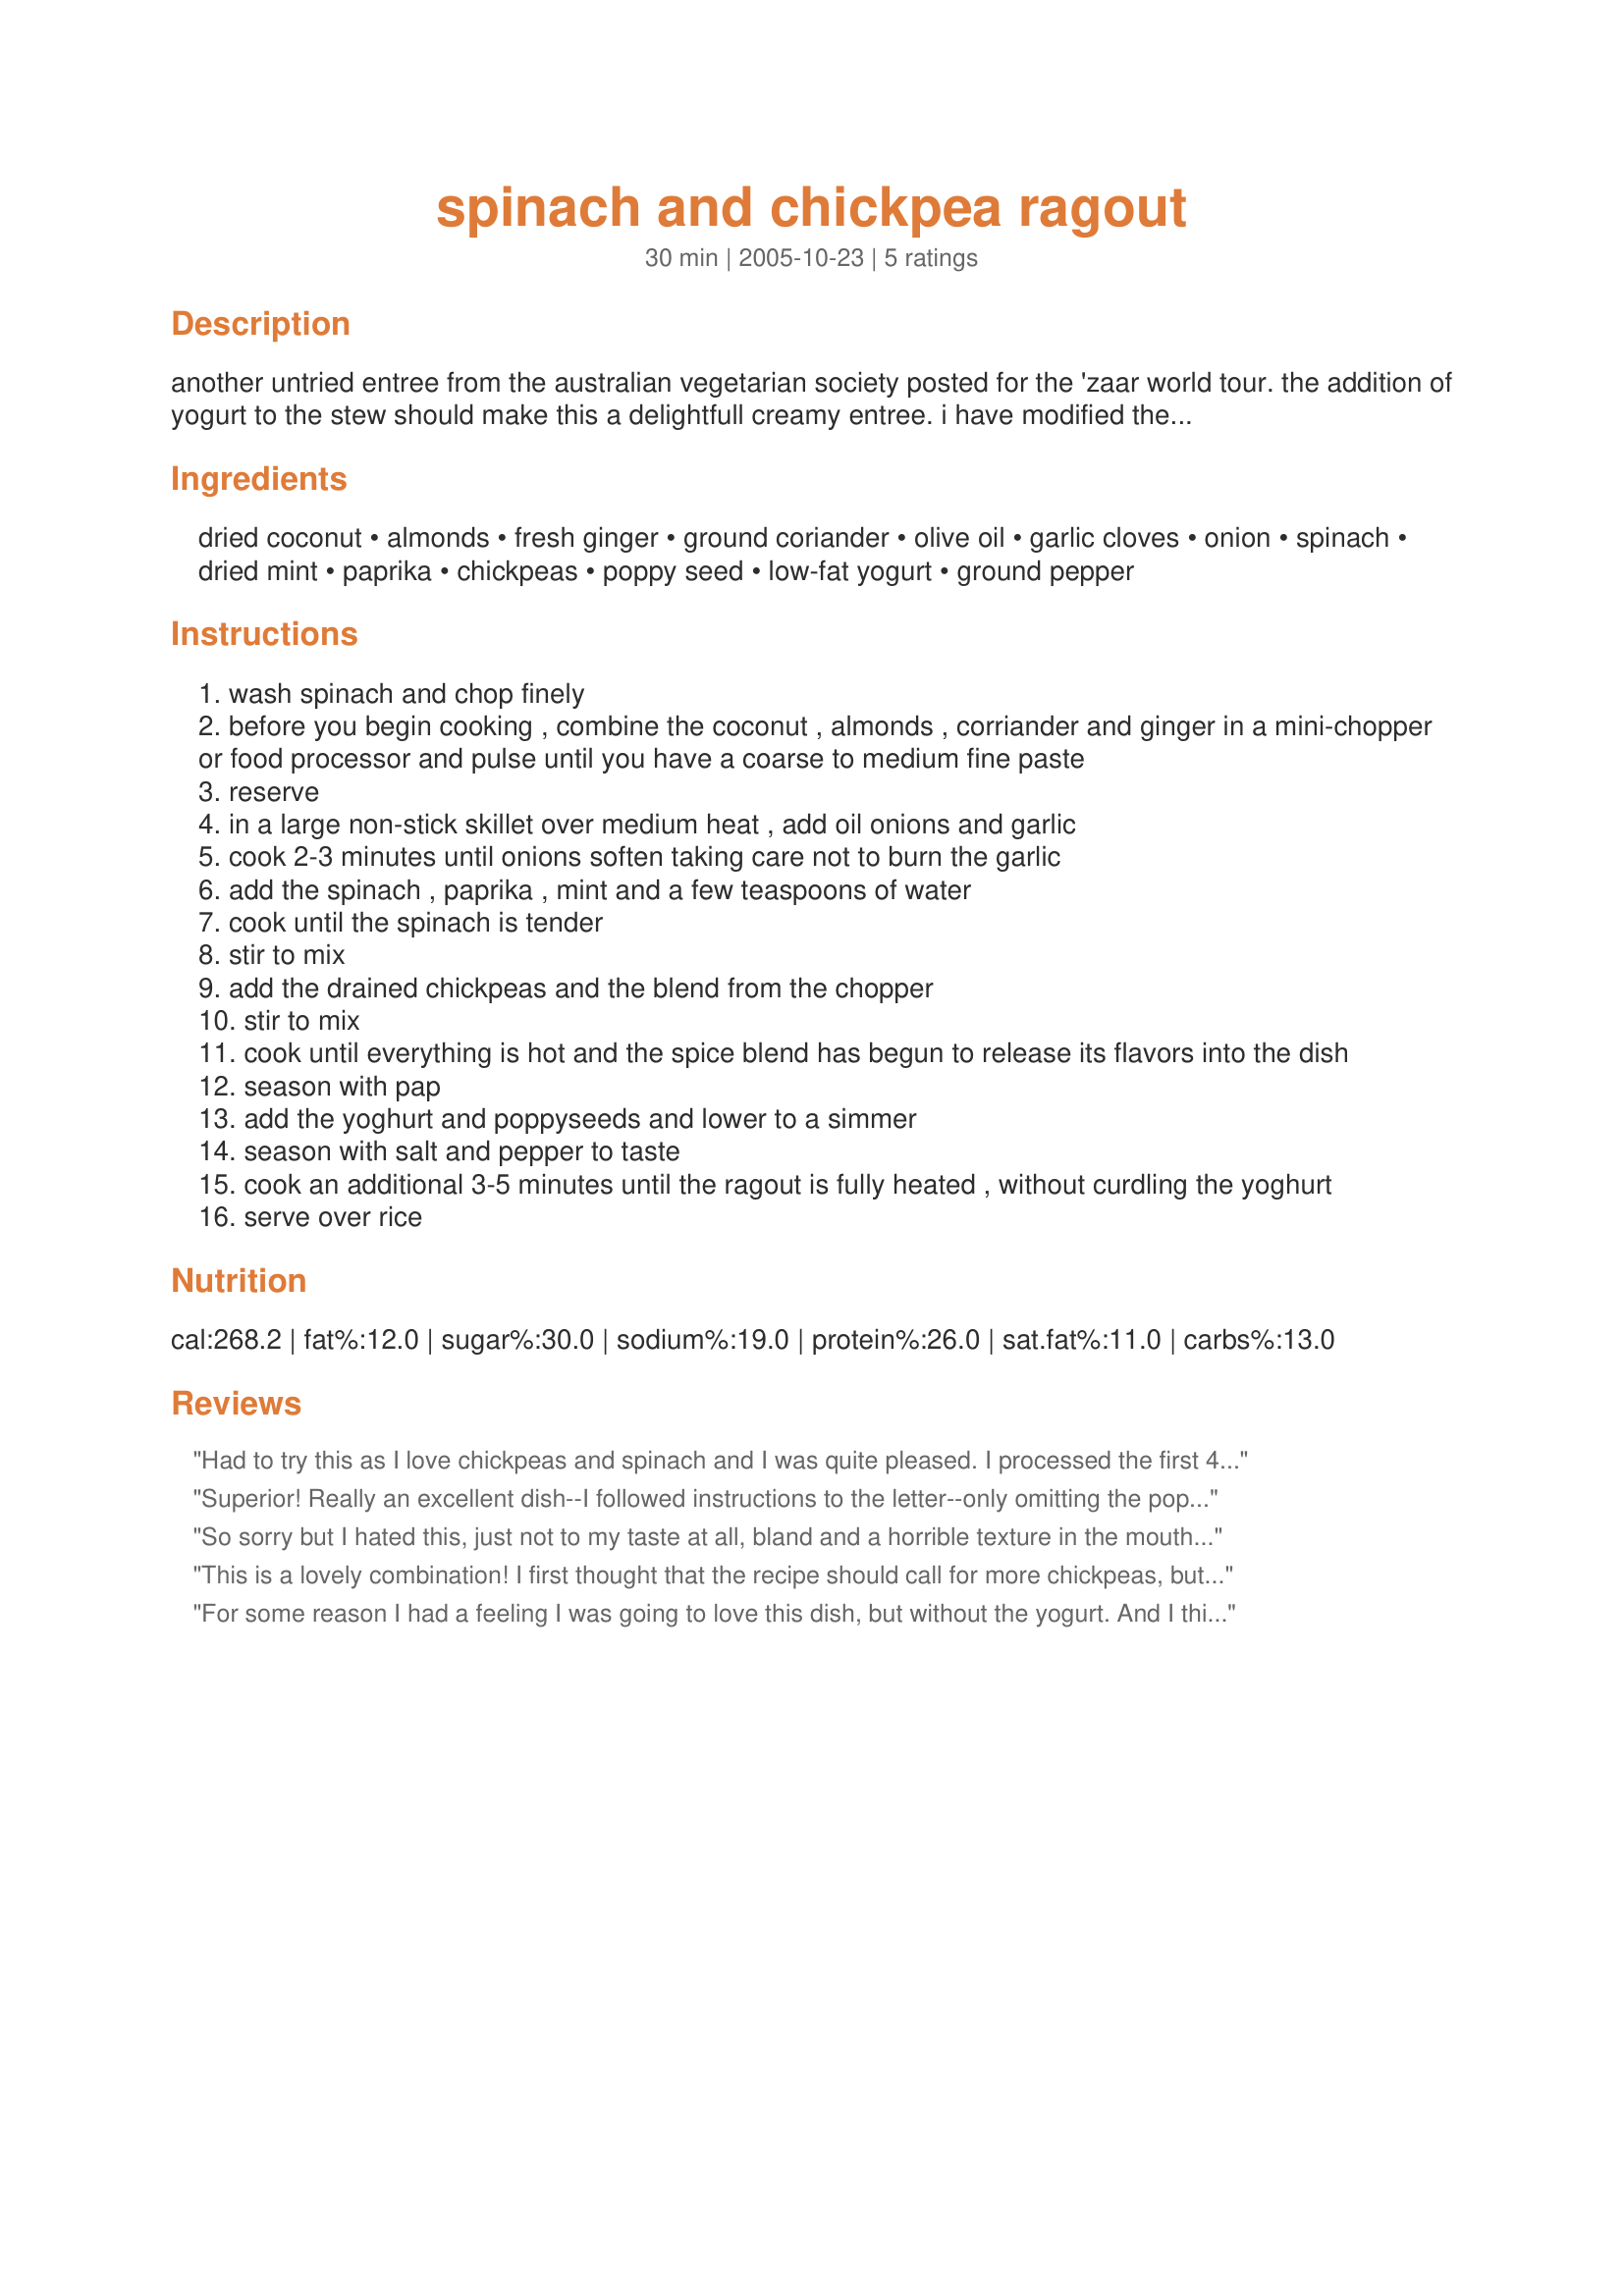
spinach and chickpea ragout
Preparation time: 30 minutes

another untried entree from the australian vegetarian society posted for the 'zaar world tour. the addition of yogurt to the stew should make this a delightfull creamy entree. i have modified the recipe a bit to match how i'm more likely to prepare it. cooking time is estimated.

Ingredients:
dried coconut, almonds, fresh ginger, ground coriander, olive oil, garlic cloves, onion, spinach, dried mint, paprika, chickpeas, poppy seed, low-fat yogurt, ground pepper

Steps:
wash spinach and chop finely
before you begin cooking , combine the coconut , almonds , corriander and ginger in a mini-chopper or food processor and pulse until you have a coarse to medium fine paste
reserve
in a large non-stick skillet over medium heat , add oil onions and garlic
cook 2-3 minutes until onions soften taking care not to burn the garlic
add the spinach , paprika , mint and a few teaspoons of water
cook until the spinach is tender
stir to mix
add the drained chickpeas and the blend from the chopper
stir to mix
cook until everything is hot and the spice blend has begun to release its flavors into the dish
season with pap
add the yoghurt and poppyseeds and lower to a simmer
season with salt and pepper to taste
cook an additional 3-5 minutes until the ragout is fully heated , without curdling the yoghurt
serve over rice

Reviews:
Had to try this as I love chickpeas and spinach and I was quite pleased. I processed the first 4 ingredients in a regular blender which seemed to work out just fine. I used a 9 ounce bag of baby spinach, and a low-fat greek yogurt which was what I had on hand (but forgot to add the poppy seeds along with it). I didn't think I would like this without salt so I added quite a bit. It ended up being a bit too salty for me :( but my BF just loved this! If you want to add salt, then I suggest go easy and taste. Thanks very much Toni!
Superior! Really an excellent dish--I followed instructions to the letter--only omitting the poppy seeds and using fresh instead of dried mint. The proportions of spinach to chick peas, yogurt and spice just right. This is a filling and satisfying main dish. Thanks, Toni!
So sorry but I hated this, just not to my taste at all, bland and a horrible texture in the mouth - can't even begin to think what might make it better.
This is a lovely combination! I first thought that the recipe should call for more chickpeas, but of course the spinach shrinks while cooking and the spinach-chickpea ratio is just right. I was worried that the yogurt would curdle, but I took the pan from the heat to mix the jogurt in and this way it worked beautifully. I thought I had poppy seeds, but I didn't, so I replaced them with black sesame seeds (see pictures). The black sesame seeds looked nice, however, their taste is not strong enough for this dish. I certainly recommend using the stated poppy seeds. I liked the hint of mint in it, but was disappointed that I couldn't taste the coconut. If I make this again, I will either leave out the coconut and almond altogether, or half the amount of ginger and double the coconut, so that hopefully the coconut will come through as well. Thanks for posting this tasty vegetarian dish!
For some reason I had a feeling I was going to love this dish, but without the yogurt. And I think I was right. So I left it out. And I was, right, I mean. Without the yogurt this was a wonderful vegan dish that I served with some marinated frozen (and defrosted) tofu on the side. I was feeling really healthy until I washed it all down with a Diet Coke ;-)
